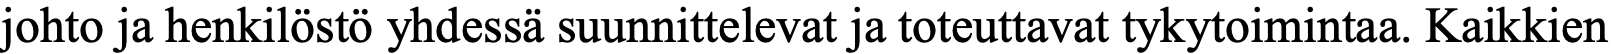
johto ja henkilöstö yhdessä suunnittelevat ja toteuttavat tykytoimintaa. Kaikkien